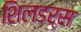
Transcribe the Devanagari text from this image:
शिलडर्स